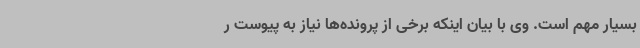
بسیار مهم است. وی با بیان اینکه برخی از پرونده‌ها نیاز به پیوست ر